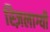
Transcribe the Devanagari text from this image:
स्ज़िलाग्यी